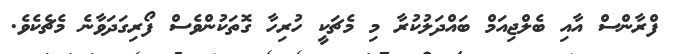
ފްރާންސް އާއި ބެލްޖިއަމް ބައްދަލުކުރާ މި މެޗަކީ ހުރިހާ ގޮތަކުންވެސް ފޯރިގަދަވާނެ މެޗެކެވެ.